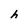
Character: h